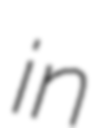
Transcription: in